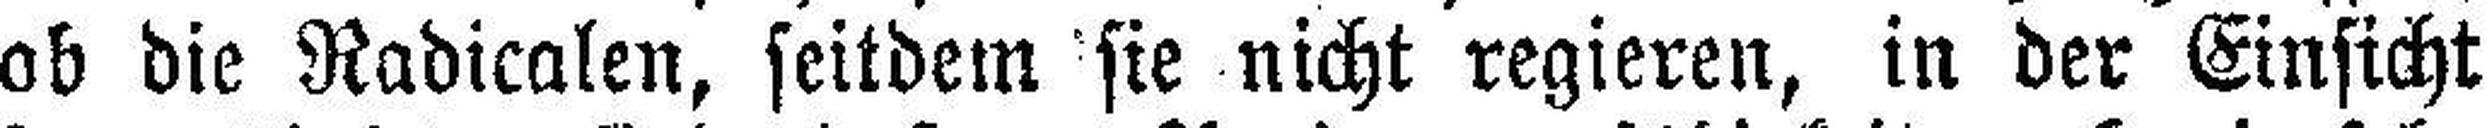
ob die Radicalen, seitdem sie nicht regieren, in der Einsicht